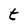
Character: t